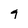
Character: 9